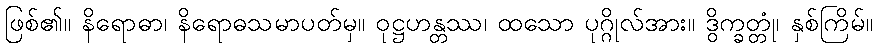
ဖြစ်၏။ နိရောဓာ၊ နိရောဓသမာပတ်မှ။ ဝုဋ္ဌဟန္တဿ၊ ထသော ပုဂ္ဂိုလ်အား။ ဒွိက္ခတ္တုံ၊ နှစ်ကြိမ်။